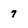
Character: 7